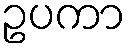
ဥပကာ